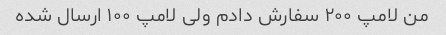
من لامپ ۲۰۰ سفارش دادم ولی لامپ ۱۰۰ ارسال شده